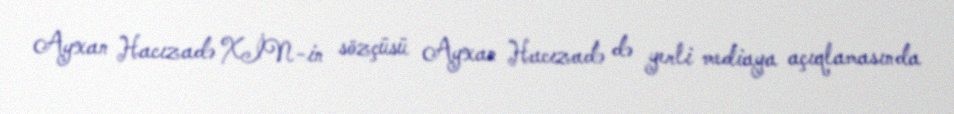
Ayxan Hacızadə XİN-in sözçüsü Ayxan Hacızadə də yerli mediaya açıqlamasında